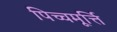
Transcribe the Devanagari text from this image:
पिच्चमूर्त्ति